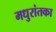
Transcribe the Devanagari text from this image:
मधुरांतका